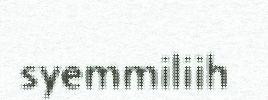
syemmiliih